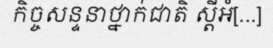
កិច្ចសន្ទនាថ្នាក់ជាតិ ស្តីអំ[...]